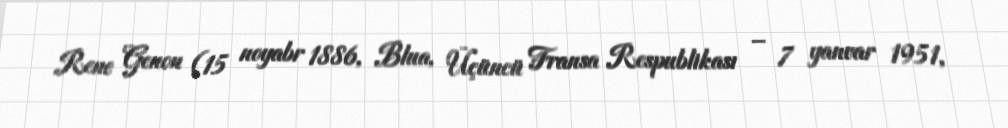
Rene Genon (15 noyabr 1886, Blua, Üçüncü Fransa Respublikası – 7 yanvar 1951,